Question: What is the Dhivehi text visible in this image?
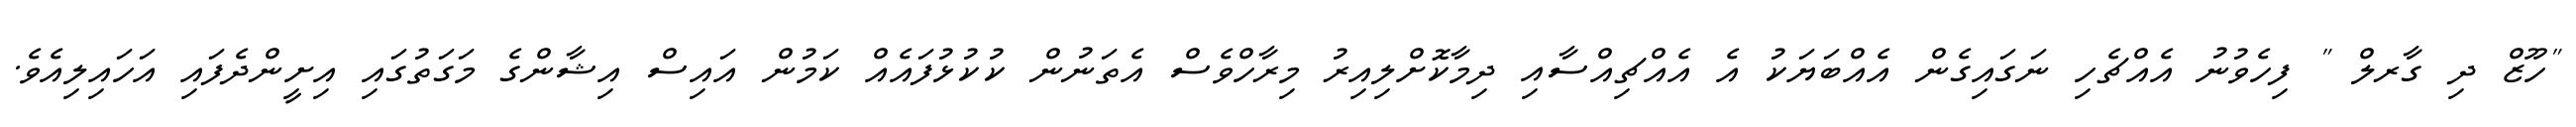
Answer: "ހޫޒް ދި ގާރލް " ފިހެވުނު އެއްޗެހި ނަގައިގެން އެއްބަޔަކު އެ އެއްޗިއްސާއި ދިމާކޮށްލިއިރު މިރާހްވެސް އެތަނުން ކުކުޅުފައެއް ކަމުން އައިސް އިޝާންގެ މަގަތުގައި އިށީންދެފައި އަހައިލިއެވެ.